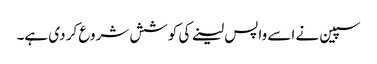
سپین نے اسے واپس لینے کی کوشش شروع کر دی ہے۔